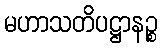
မဟာသတိပဋ္ဌာနဉ္စ